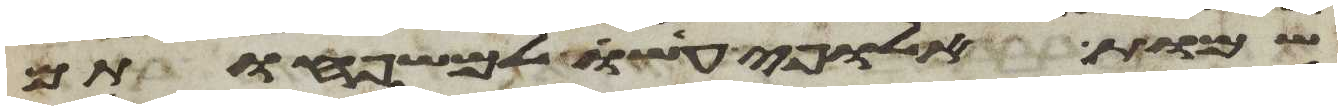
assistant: שמות אלופי עשו למשפחותם